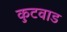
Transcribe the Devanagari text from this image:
कुटवाड